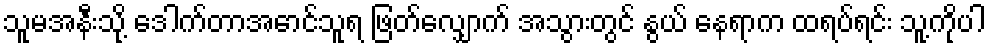
သူမအနီးသို့ ဒေါက်တာအောင်သူရ ဖြတ်လျှောက် အသွားတွင် နွယ် နေရာက ထရပ်ရင်း သူ့ကိုပါ